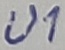
Text: U1